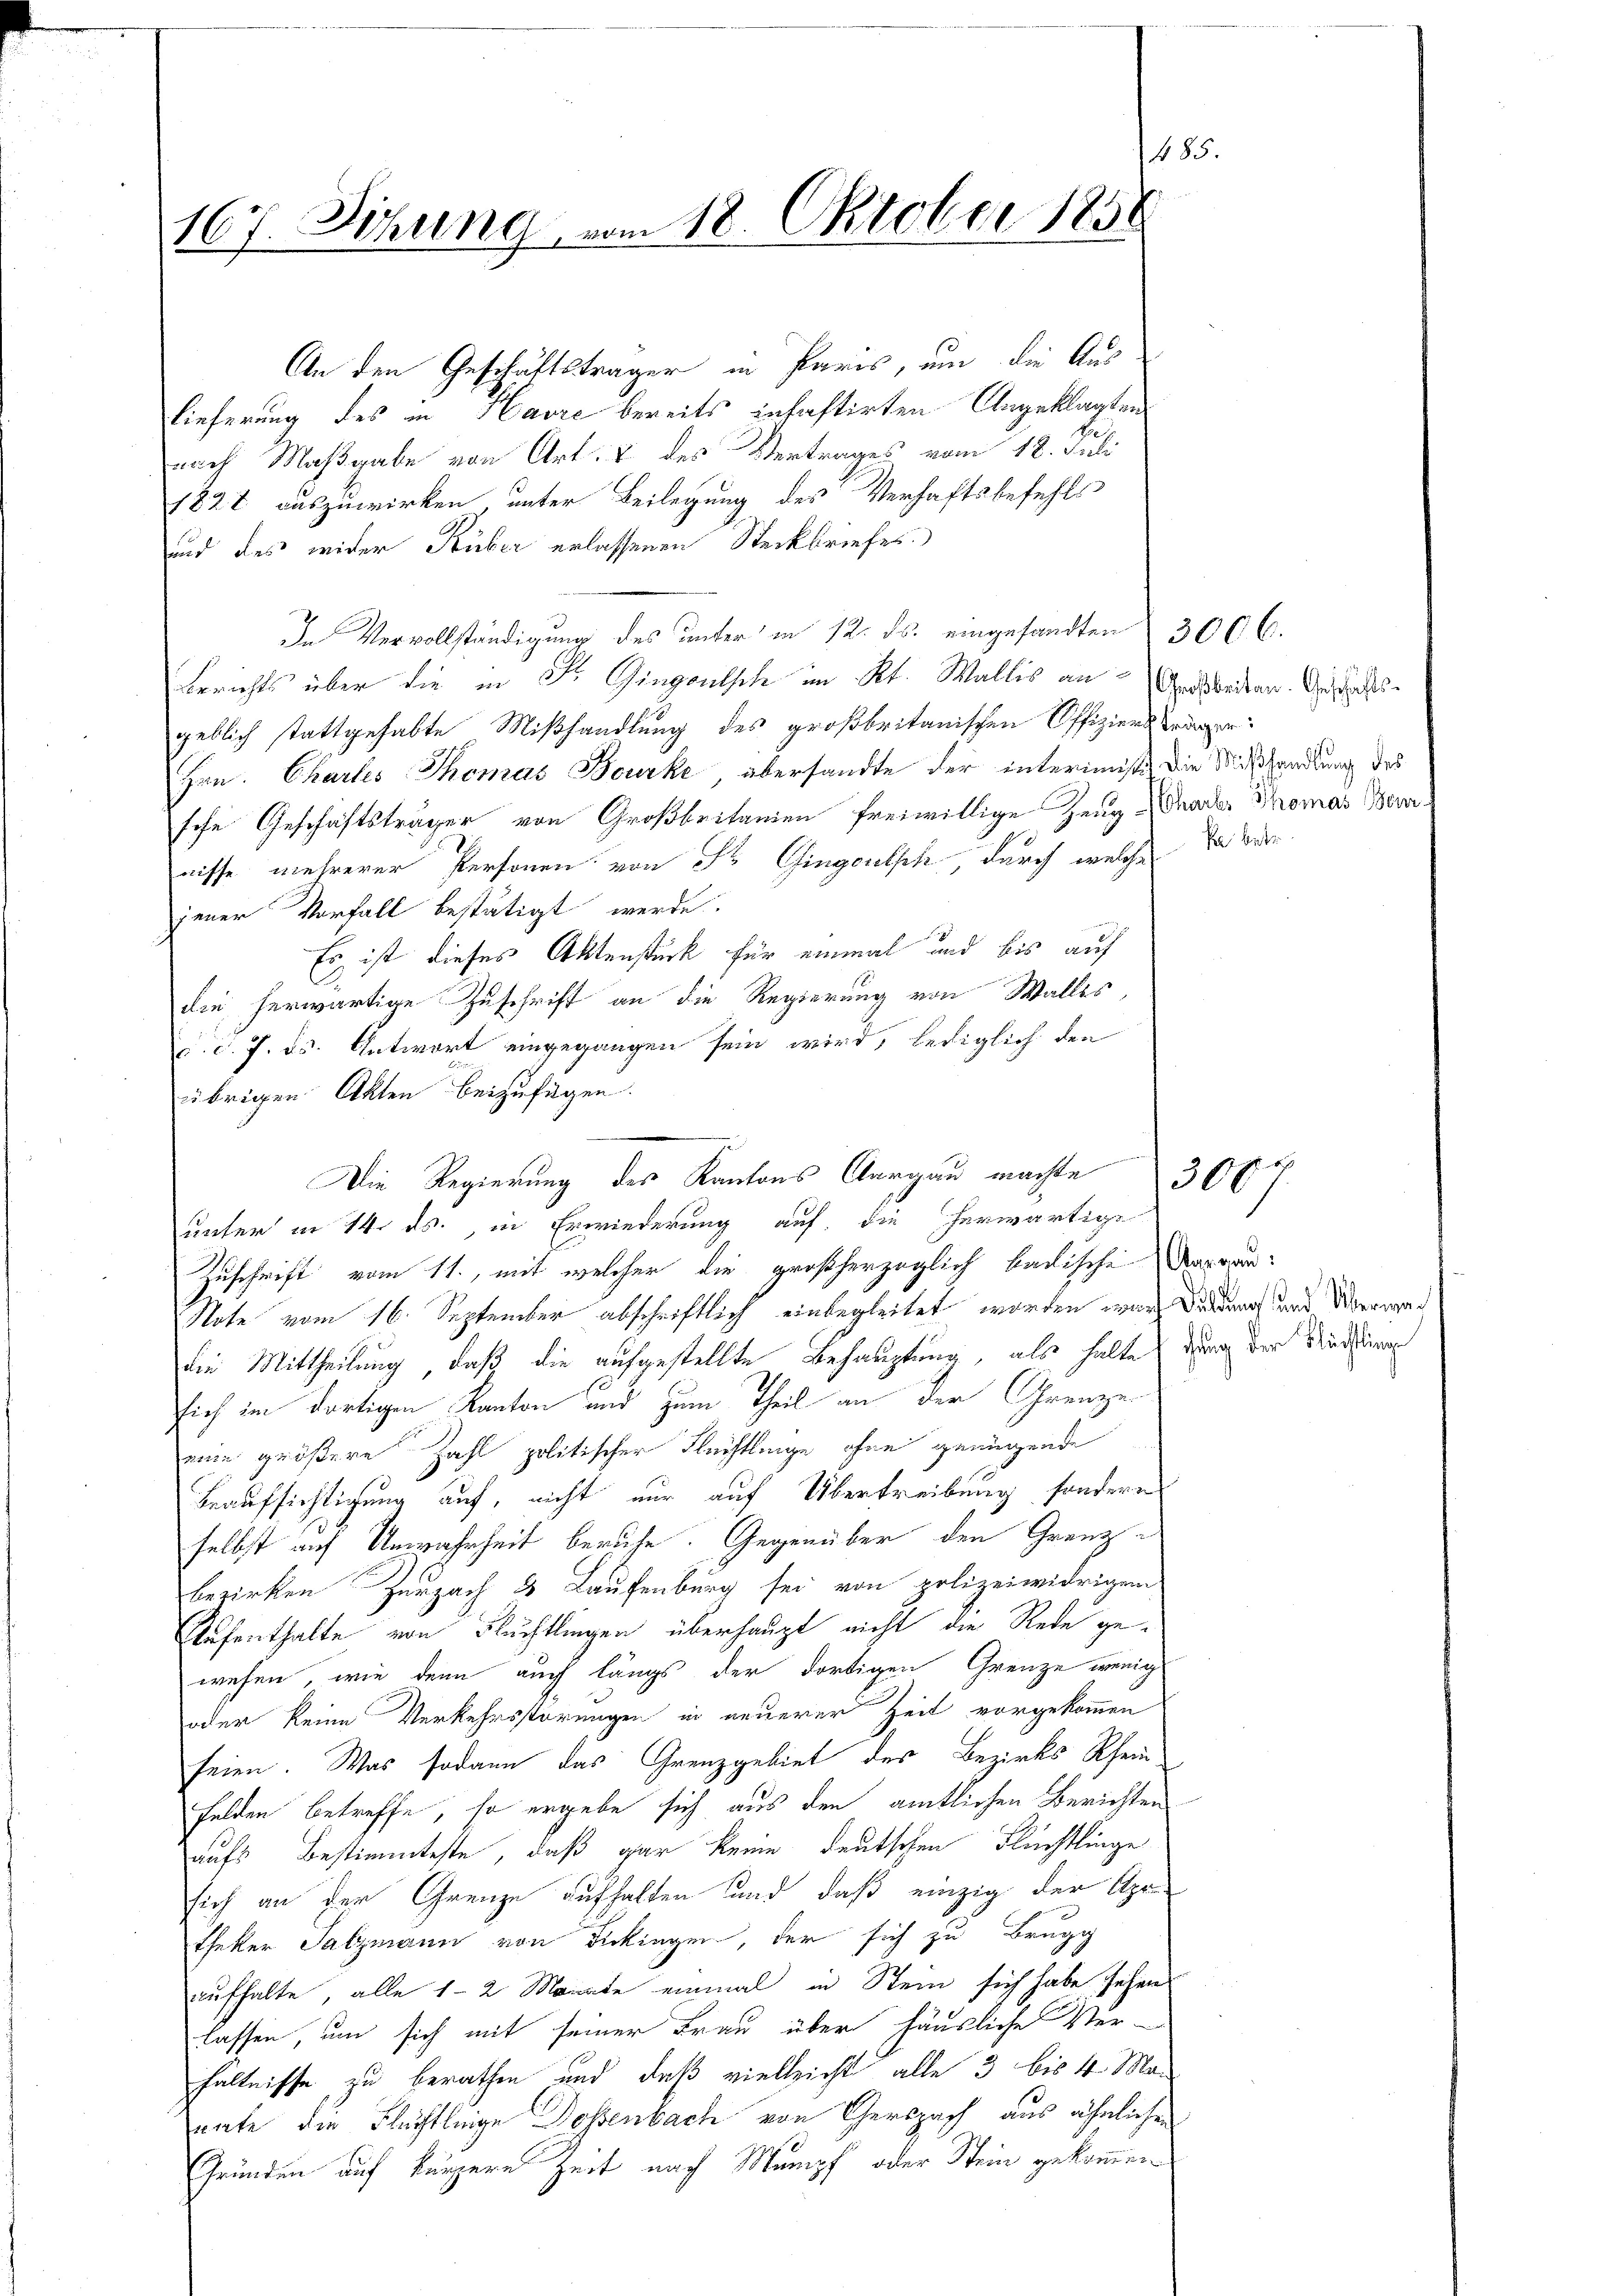
183
167. Sitzung vom 18. Oktober 1858

An den Geschäftsträger in Paris, um die Aus
lieferung des in Havre bereits inhaftirten Angeklagten
nach Maßgabe von Art. 8 des Vertrages vom 18. Juli
1828 auszuwirken, unter Beilegung des Verhaftsbefehls
und des wider Rüber erlassenen Steckbriefes
In Vervollständigung des unter in 12. ds. eingesandten 300 l.
Berichts über die in Fr. Gingoutsch im Kt. Wallis an
geblich stattgehabte Mißhandlung des großbritanischen Offiziers tragen:
Hrn. Chartes Thomas Bourkt, übersandte der interimisti die Mißhandlung des
hohe Geschäftsträger von Großbritanien freiwillige Zeug Gnader Thomas Beranisse mehrerer Personen von Fr. Gingoutsch, durch welche
jener Vorfall bestätigt werde.
Es ist dieses Aktenstück für einmal und bis auf
die herwärtige Zuschrift an die Regierung von Walles,
c. c. 7. ds. Antwort eingegangen sein wird, lediglich den
übrigen Akten beizufügen.
unter in 14. ds. in Erwiederung auf, die herwärtige
Zuschrift vom 11., mit welcher die großherzoglich badischen Vorgan¬
Note vom 16. September abschriftlich einbegleitet worden war dadurch und Vergan
die Mittheilung, daß die aufgestellte Behauptung, als haltes durch der Richtung
sich im dortigen Kanton und zum Theil an der Grenzen
eine größere Zahl politischer Flechtlinge ohne genügende
Beaufsichtigung auf, nicht nur auf Übertreibung, sondern
selbst auf Unwahrheit beruhe. Gegenüber den Granzbezirken Zurzach 3 Laufenburg sei von polizeiwidrigem
Aufenthalte von Fluchtlingen überhaupt nicht die Rede gewesen, wie denn auch längs der dortigen Grenze wenigs
oder keine Verkehrsstörungen in neuerer Zeit vorgekommen
seien. Was sodann das Grenzgebiet der Bezirks Rhein-
Felden betreffe, so ergebe sich aus den amtlichen Berichten
aufs Bestimmteste, daß gar keine deutschen Flüchtlinge
sich an der Grenze aufhalten und daß einzig der Apotheker Salzmann von Dickingen, der sich zu Brugg
aufhalte, alle 12 Monate einmal in Stein sich habe sehen
lassen, um sich mit seiner Frau über häusliche Ver-
hältnisse zu berathen und daß vielleicht alle 3 bis 4. Man
nate die Flüchtleige Dosenbach von Cerspach aus ähnlichen
Gründen auf kürzere Zeit nach Mumpf oder Stein gekommen

Die Regierung des Kantons Aargau machte 30 f.

Großbeiten. Geschäftska betr.

.